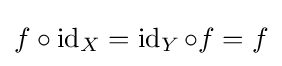
f\circ \operatorname {id} _{X}=\operatorname {id} _{Y}\circ f=f